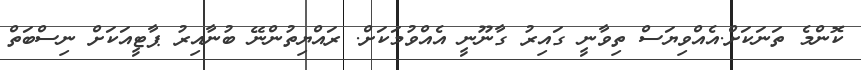
ކޮންމެ ތަނަކަށް.އެއްވިޔަސް ތިވާނީ ގައިރު ގާނޫނީ އެއްވުމަކަށް. ރައްޔިތުންނޭ ބުނާއިރު ޕާޓީއަަކަށް ނިސްބަތް